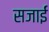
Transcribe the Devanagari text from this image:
सजाईं